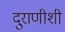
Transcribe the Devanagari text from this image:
दुराणीशी